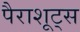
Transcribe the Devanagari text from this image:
पैराशूट्स